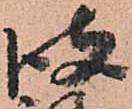
彼